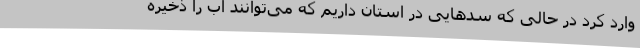
وارد کرد در حالی که سدهایی در استان داریم که می‌توانند آب را ذخیره